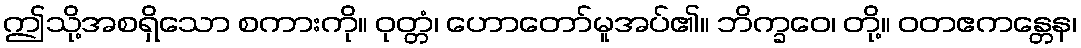
ဤသို့အစရှိသော စကားကို။ ဝုတ္တံ၊ ဟောတော်မူအပ်၏။ ဘိက္ခဝေ၊ တို့။ ဝတဧကန္တေန၊